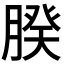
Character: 𦝢